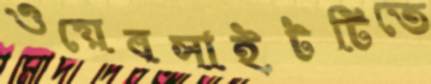
ওয়েবসাইটটিতে